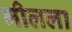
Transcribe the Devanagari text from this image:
भीलला